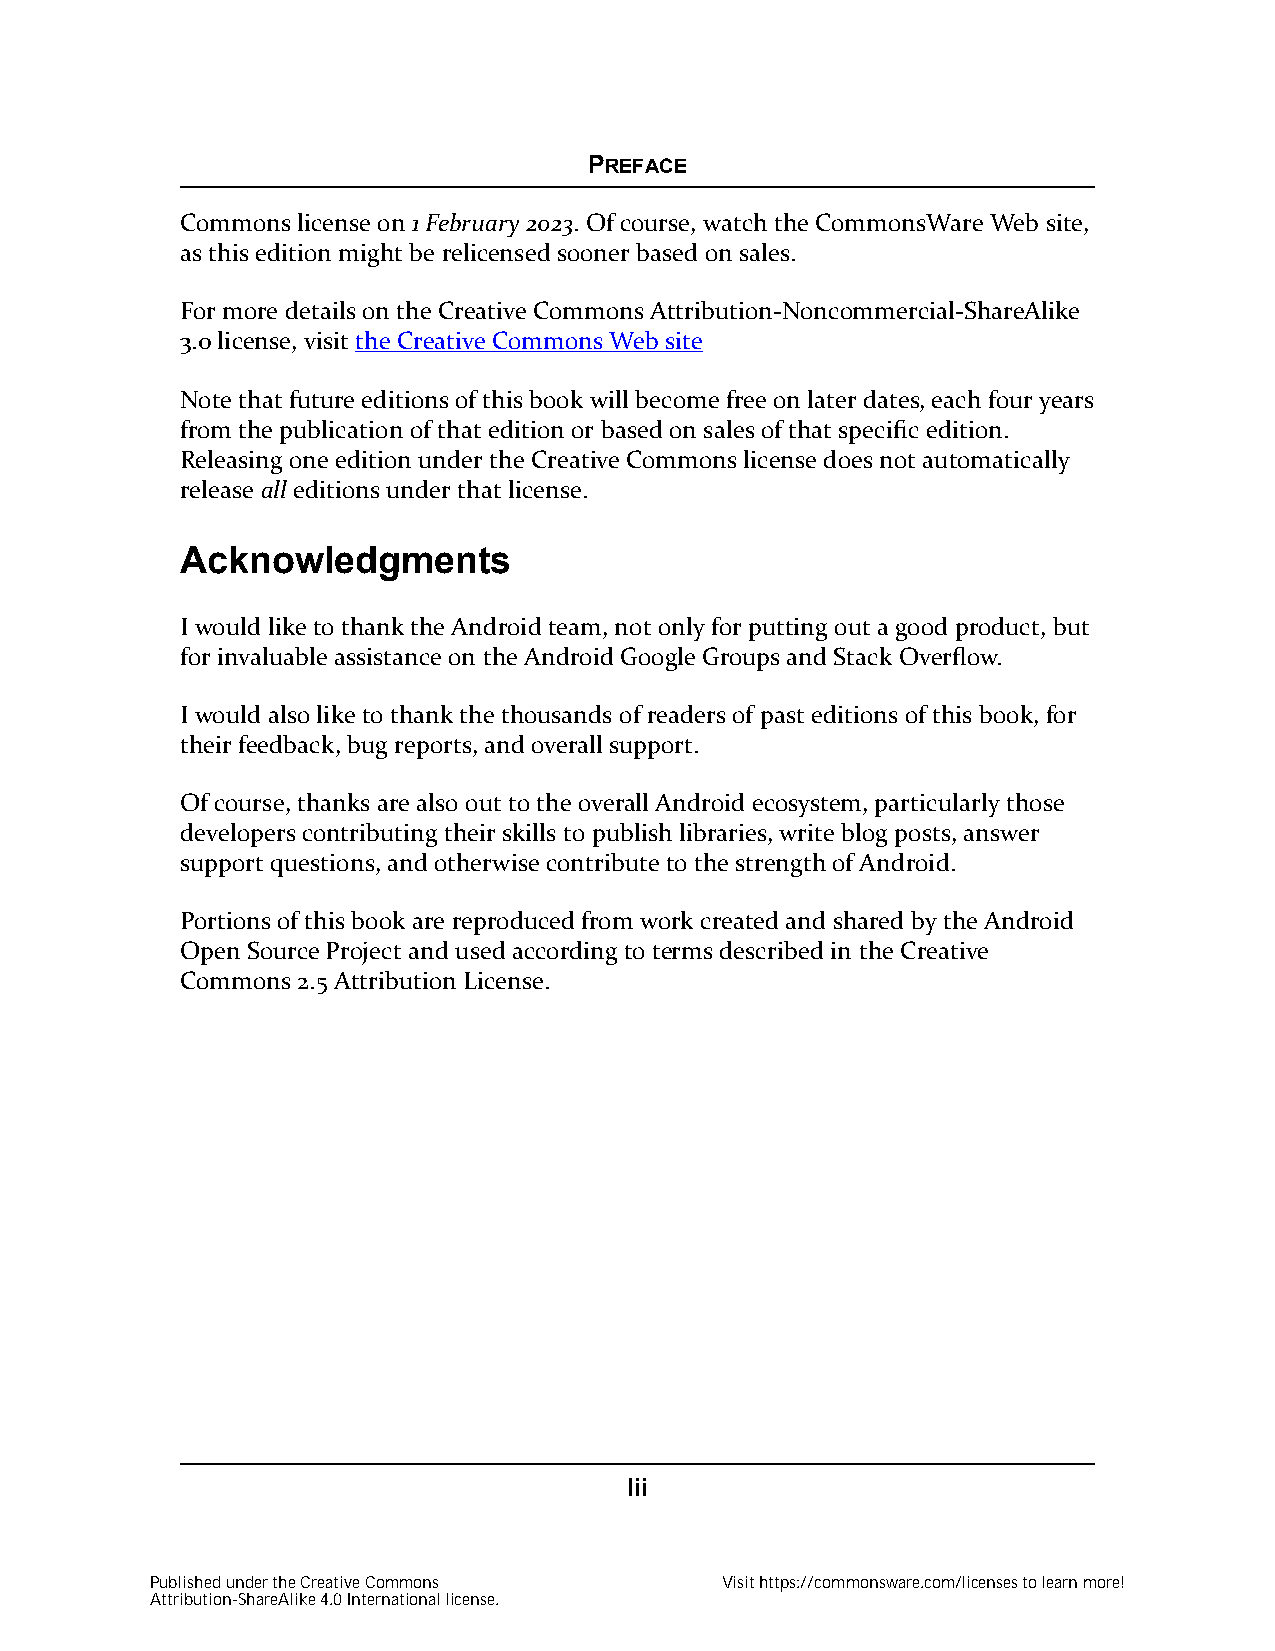
PREFACE
 Commons license on 1 February 2023. Of course, watch the CommonsWare Web site,
 as this edition might be relicensed sooner based on sales.
 For more details on the Creative Commons Attribution-Noncommercial-ShareAlike
 3.0 license, visit the Creative Commons Web site
 Note that future editions of this book will become free on later dates, each four years
 from the publication of that edition or based on sales of that specific edition.
 Releasing one edition under the Creative Commons license does not automatically
 release all editions under that license.
 Acknowledgments
 I would like to thank the Android team, not only for putting out a good product, but
 for invaluable assistance on the Android Google Groups and Stack Overflow.
 I would also like to thank the thousands of readers of past editions of this book, for
 their feedback, bug reports, and overall support.
 Of course, thanks are also out to the overall Android ecosystem, particularly those
 developers contributing their skills to publish libraries, write blog posts, answer
 support questions, and otherwise contribute to the strength of Android.
 Portions of this book are reproduced from work created and shared by the Android
 Open Source Project and used according to terms described in the Creative
 Commons 2.5 Attribution License.
 lii
 Published under the Creative Commons  Visit https://commonsware.com/licenses to learn more!
 Attribution-ShareAlike 4.0 International license.